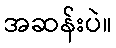
အဆန်းပဲ။